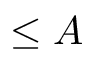
\le A